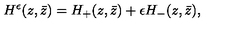
H ^ { \epsilon } ( z , \bar { z } ) = H _ { + } ( z , \bar { z } ) + \epsilon H _ { - } ( z , \bar { z } ) ,